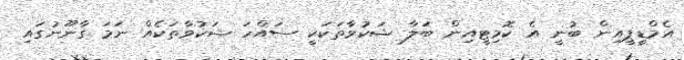
އެމްޑީޕީއިން ބުނީ އެ ކޮމިޓީއިން ބަލާ ޝަކުވާތަކަކީ ސައްހަ ޝަކުވާތަކެއް ނަމަ ގާނޫނުގައި